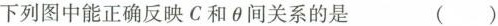
下列图中能正确反映C和\theta间关系的是 ( )